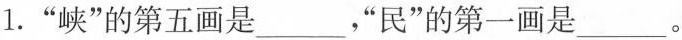
1.”峡”的第五画是___，”民”的第一画是___。